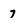
Character: 7